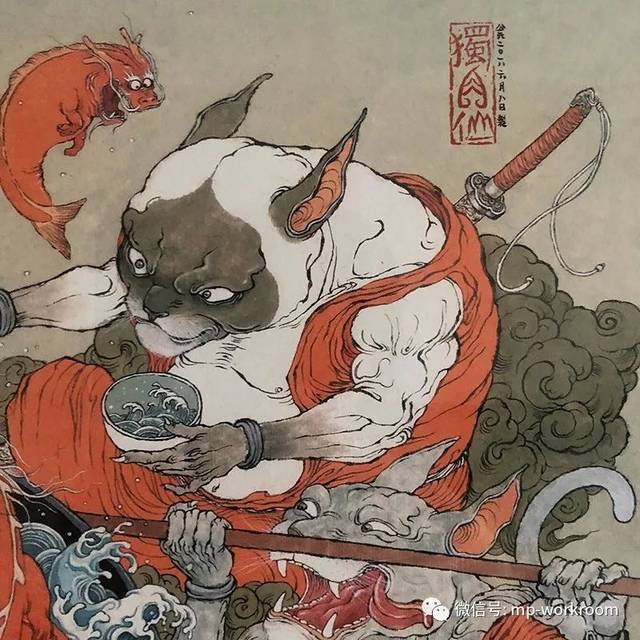
舒卷江山图画，应答龙鱼悲啸，不暇顾诗愁。